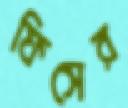
ফিসের